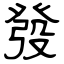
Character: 發